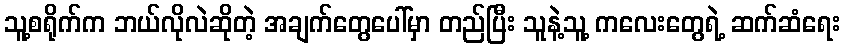
သူ့စရိုက်က ဘယ်လိုလဲဆိုတဲ့ အချက်တွေပေါ်မှာ တည်ပြီး သူနဲ့သူ့ ကလေးတွေရဲ့ ဆက်ဆံရေး